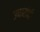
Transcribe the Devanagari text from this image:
उचारांची